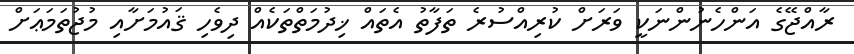
ރާއްޖޭގެ އަންހެނުންނަކީ ވަރަށް ކުރިއްސުރެ ތަފާތު އެތައް ޚިދުމަތްތަކެއް ދިވެހި ޤައުމަށާއި މުޖުތަމަޢަށް